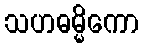
သဟဓမ္မိကော